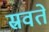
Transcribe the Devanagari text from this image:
स्रवते